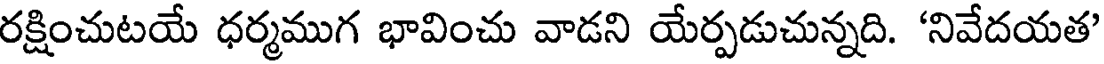
రక్షించుటయే ధర్మముగ భావించు వాడని యేర్పడుచున్నది. 'నివేదయత